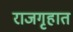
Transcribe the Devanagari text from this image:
राजगृहात